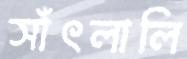
সাঁৎলালি